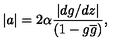
| a | = 2 \alpha \frac { \left| d g / d z \right| } { ( 1 - g \overline { { g } } ) } ,